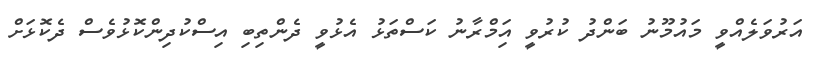
އަރުވަލެއްވީ މައުމޫނު ބަންދު ކުރުވީ އަިމްރާނު ކަސްތަޅު އެޅުވީ ދެންތިބި އިސްކުދިންކޮޅުވެސް ދެކޮޅަށް